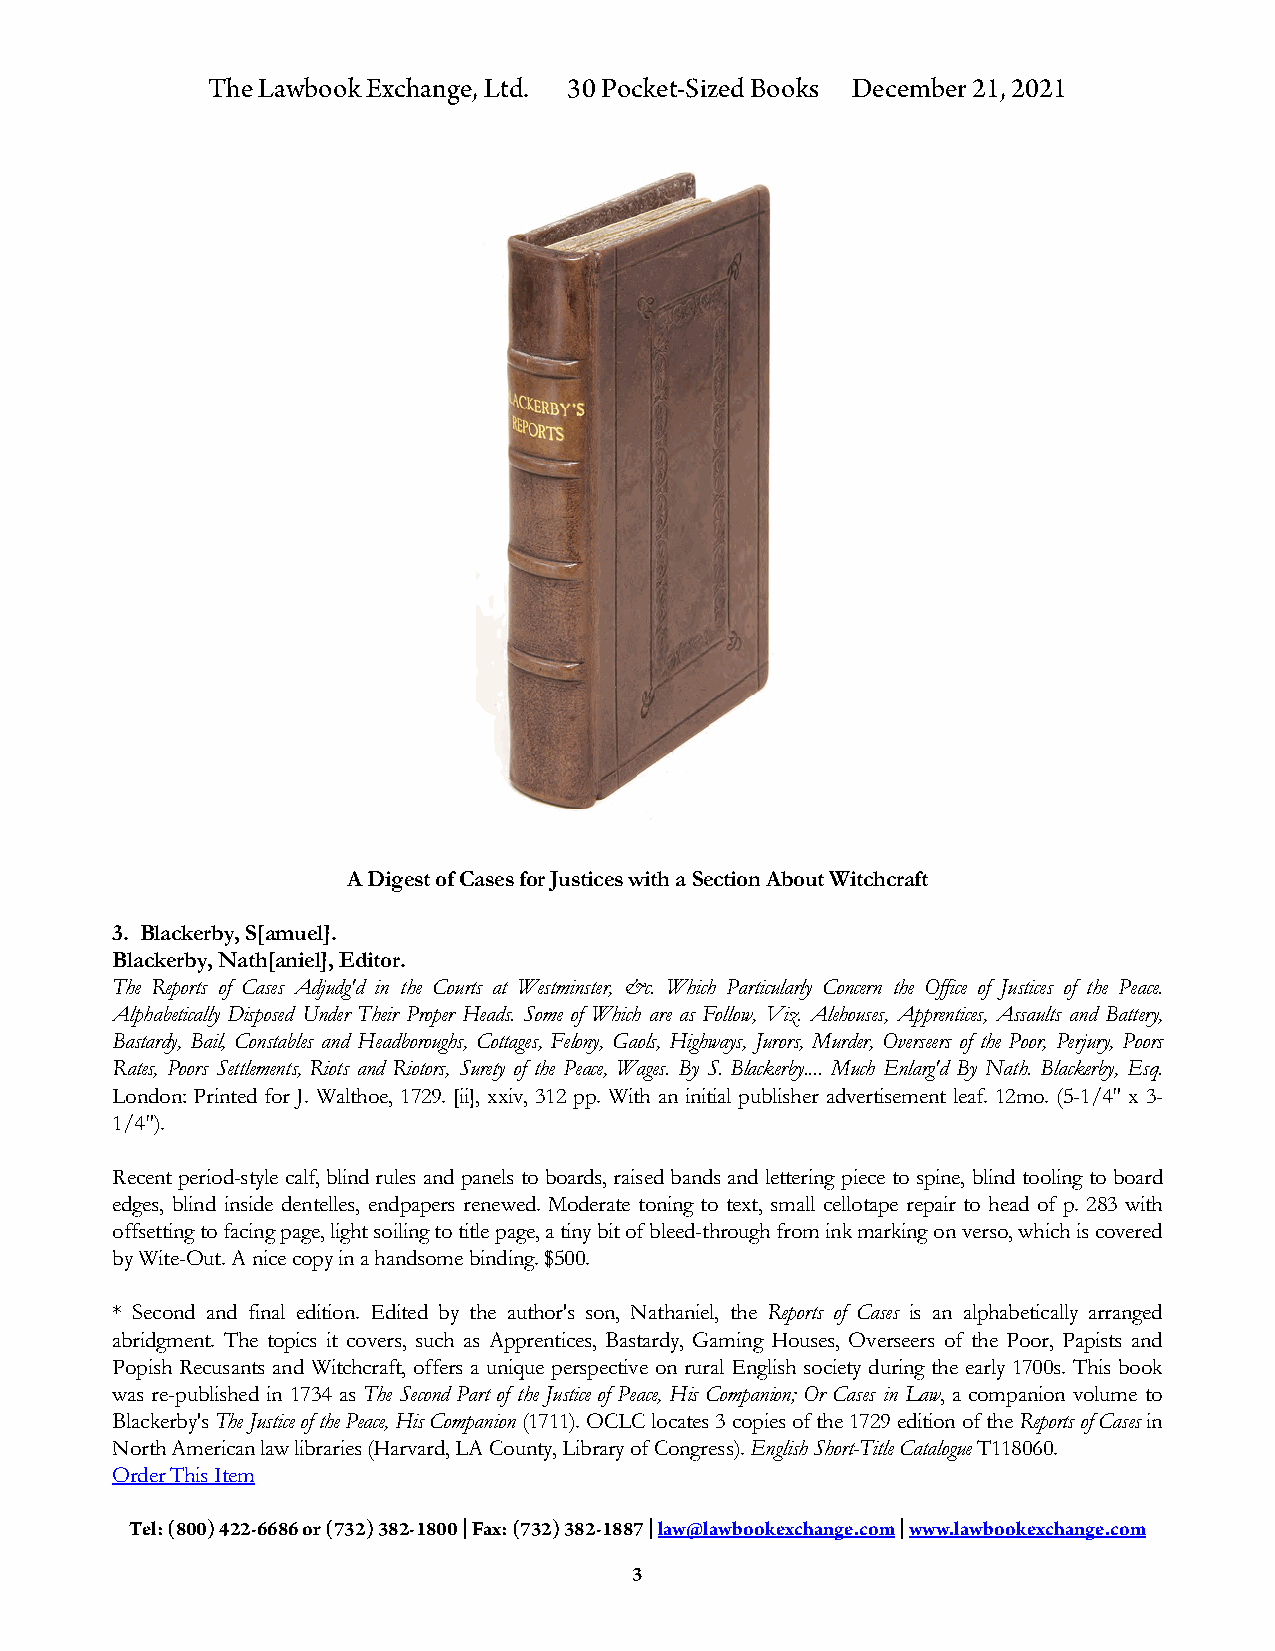
The Lawbook Exchange, Ltd. 30 Pocket-Sized Books December 21, 2021
 A Digest of Cases for Justices with a Section About Witchcraft
 3. Blackerby, S[amuel].
 Blackerby, Nath[aniel], Editor.
 The Reports of Cases Adjudg'd in the Courts at Westminster, &c. Which Particularly Concern the Office of Justices of the Peace.
 Alphabetically Disposed Under Their Proper Heads. Some of Which are as Follow, Viz. Alehouses, Apprentices, Assaults and Battery,
 Bastardy, Bail, Constables and Headboroughs, Cottages, Felony, Gaols, Highways, Jurors, Murder, Overseers of the Poor, Perjury, Poors
 Rates, Poors Settlements, Riots and Riotors, Surety of the Peace, Wages. By S. Blackerby.... Much Enlarg'd By Nath. Blackerby, Esq.
 London: Printed for J. Walthoe, 1729. [ii], xxiv, 312 pp. With an initial publisher advertisement leaf. 12mo. (5-1/4" x 3-
 1/4").
 Recent period-style calf, blind rules and panels to boards, raised bands and lettering piece to spine, blind tooling to board
 edges, blind inside dentelles, endpapers renewed. Moderate toning to text, small cellotape repair to head of p. 283 with
 offsetting to facing page, light soiling to title page, a tiny bit of bleed-through from ink marking on verso, which is covered
 by Wite-Out. A nice copy in a handsome binding. $500.
 * Second and final edition. Edited by the author's son, Nathaniel, the Reports of Cases is an alphabetically arranged
 abridgment. The topics it covers, such as Apprentices, Bastardy, Gaming Houses, Overseers of the Poor, Papists and
 Popish Recusants and Witchcraft, offers a unique perspective on rural English society during the early 1700s. This book
 was re-published in 1734 as The Second Part of the Justice of Peace, His Companion; Or Cases in Law, a companion volume to
 Blackerby's The Justice of the Peace, His Companion (1711). OCLC locates 3 copies of the 1729 edition of the Reports of Cases in
 North American law libraries (Harvard, LA County, Library of Congress). English Short-Title Catalogue T118060.
 Order This Item
 Tel: (800) 422-6686 or (732) 382-1800 | Fax: (732) 382-1887 | law@lawbookexchange.com | www.lawbookexchange.com
 3